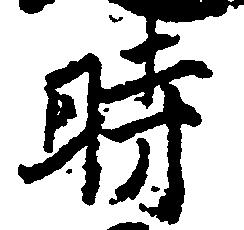
時